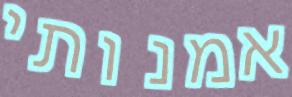
אמנותי